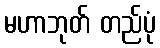
မဟာဘုတ် တည်ပုံ